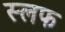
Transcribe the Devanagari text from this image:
स्लफ